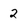
Character: 2